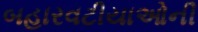
બહારવટીયાઓની